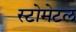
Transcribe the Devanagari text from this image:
स्टोमेटल